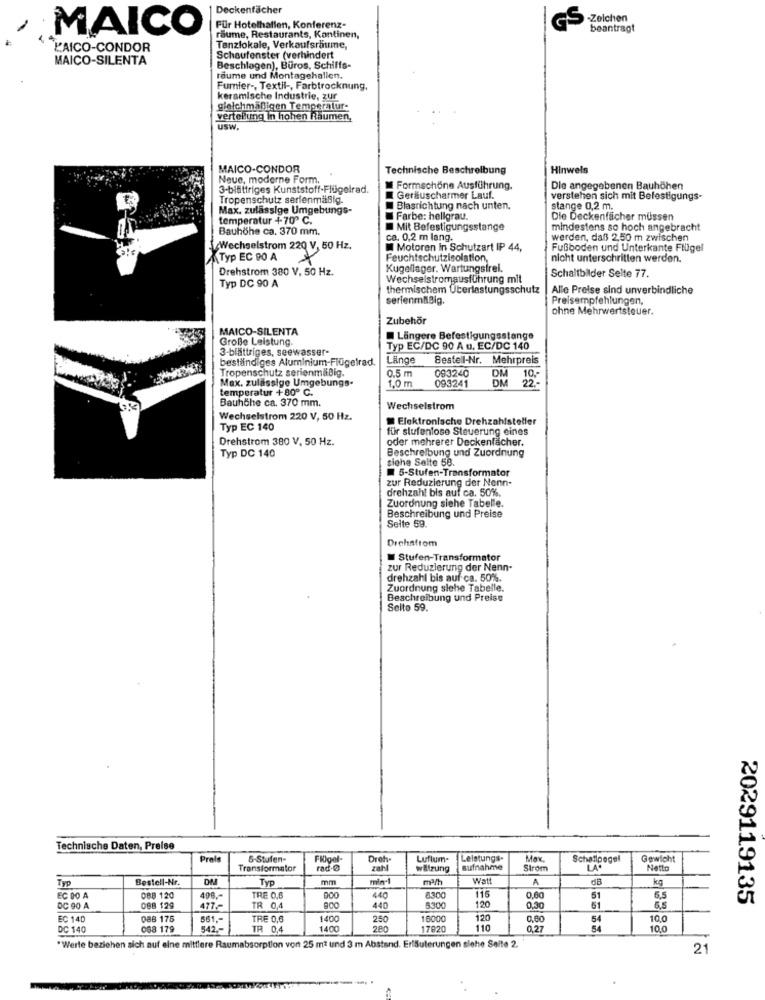
Deckenfächer
-Zeichen
Für Hotelhallen, Konferenz-
GS
beantragt
MAICO
räume, Restaurants, Kantinen,
L'AICO-CONDOR
Tanzlokale, Verkaufsräume,
MAICO-SILENTA
Schaufenster (verhindert
Beschlagen), Büros, Schiffs-
raume und Montagehallen.
Fumier -, Textil -, Farbtrocknung,
keramische Industrie, zur
gleichmäßigen Temperatur-
verteilung in hohen Räumen,
usw.
MAICO-CONDOR
Technische Beschreibung
Hinweis
Neue, moderne Form.
3-blättriges Kunststoff-Flügelrad.
Formschöne Ausführung.
Die angegebenen Bauhöhen
Tropenschutz serienmäßig.
Geräuscharmer Lauf.
verstehen sich mit Befestigungs-
Max. zulässige Umgebungs-
Blasrichtung nach unten.
stange 0,2 m.
temperatur +70º C.
Farbe: hellgrau.
Die Deckenfächer müssen
Bauhöhe ca. 370 mm.
Mit Befestigungsstange
mindestens so hoch angebracht
ca. 0,2 m lang.
werden, daß 2,50 m zwischen
Wechselstrom 220 V, 50 Hz.
M Motoren In Schutzart IP 44,
Fußboden und Unterkante Flügel
Typ EC 90 A
Feuchtschutzisolation,
nicht unterschritten werden.
Drehstrom 380 V, 50 Hz.
Kugellager. Wartungsfrel.
Wechselstromausführung mit
Schaltbilder Selte 77.
Typ DC 90 A
thermischem Überlastungsschutz
Alle Preise sind unverbindliche
serienmäßig.
Preisempfehlungen,
ohne Mehrwertsteuer.
Zubehör
MAICO-SILENTA
Große Leistung.
Längere Befestigungsstange
3-blättriges, seewasser-
Typ EC/DC 90 A u. EC/DC 140
beständiges Aluminium-Flügelrad.
Länge
Bestell-Nr. Mehrpreis
Tropenschutz serienmäßig.
0.5 m
093240
Max. zulässige Umgebungs-
1,0 m
DM
10 ,-
temperatur +80º C.
093241
Bauhöhe ca. 370 mm.
Wechselstrom
Wechselstrom 220 V, 50 Hz.
Elektronische Drehzahlsteller
Typ EC 140
für stufenlose Steuerung eines
Drehstrom 380 V, 50 Hz.
oder mehrerer Deckenfächer.
Typ DC 140
Beschreibung und Zuordnung
siehe Seite 58.
5-Stufen-Transformator
zur Reduzierung der Nenn-
drehzahl bis auf ca. 50%.
Zuordnung siehe Tabelle.
Beschreibung und Preise
Seite 59.
Drehstrom
Stufen-Transformator
zur Reduzierung der Nenn-
drehzahl bis auf ca. 50%.
Zuordnung siehe Tabelle.
Beschreibung und Preise
Selto 59.
Technische Daten, Preise
Prale
6-Stufen-
Flügel-
Droh-
Luftum-
Leistungs-
Max.
Schallpegel
Gewicht
Transformator
rad.0
zahl
wiltzung
aufnahme
Strom
LA
Netto
Typ
Bestell-Nr.
DM
Typ
mm
min-
Watt
A
dB
kg
EC DO A
OBB 120
498,
TRE 0.6
440
8300
115
0,60
51
5,5
2029119135
DC 90 A
088 129
477
TR 0,4
440
5300
120
0,30
51
5,5
EC 140
088 175
561 ,-
TRE 0,6
1400
250
16000
120
0.60
54
10,0
DC 140
088 179
542 .-
TR 0,4
1400
280
17820
110
0,27
54
10,0
*Werte beziehen sich auf eine mittlere Raumabsorption von 25 m2 und 3 m Abstand. Erläuterungen siehe Seite 2.
21